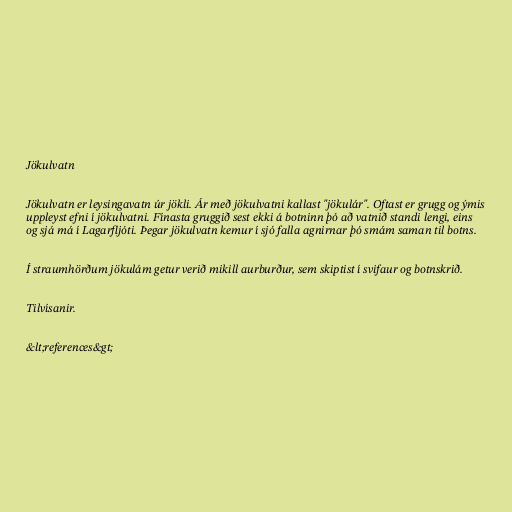
Jökulvatn

Jökulvatn er leysingavatn úr jökli. Ár með jökulvatni kallast "jökulár". Oftast er grugg og ýmis
uppleyst efni í jökulvatni. Fínasta gruggið sest ekki á botninn þó að vatnið standi lengi, eins
og sjá má í Lagarfljóti. Þegar jökulvatn kemur í sjó falla agnirnar þó smám saman til botns.

Í straumhörðum jökulám getur verið mikill aurburður, sem skiptist í svifaur og botnskrið.

Tilvísanir.

&lt;references&gt;